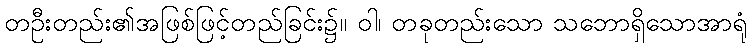
တဦးတည်း၏အဖြစ်ဖြင့်တည်ခြင်း၌။ ဝါ၊ တခုတည်းသော သဘောရှိသောအာရုံ